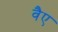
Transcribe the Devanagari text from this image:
वैए